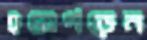
হয়েপড়েন